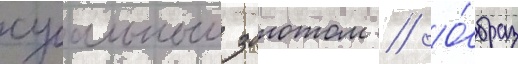
сусальным золотом // О́браз